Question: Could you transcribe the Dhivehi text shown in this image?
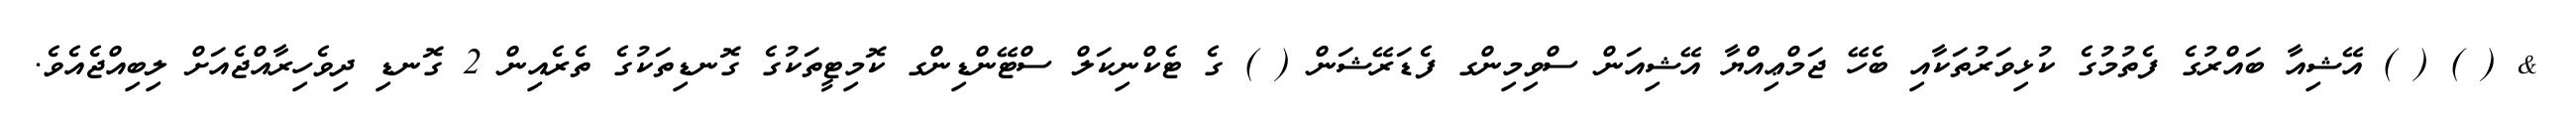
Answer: & ( ) ( ) އޭޝިއާ ބައްރުގެ ފެތުމުގެ ކުޅިވަރުތަކާއި ބެހޭ ޖަމްޢިއްޔާ އޭޝިއަން ސްވިމިންގ ފެޑަރޭޝަން ( ) ގެ ޓެކްނިކަލް ސްޓޭންޑިންގ ކޮމިޓީތަކުގެ ގޮނޑިތަކުގެ ތެރެއިން 2 ގޮނޑި ދިވެހިރާއްޖެއަށް ލިބިއްޖެއެވެ.